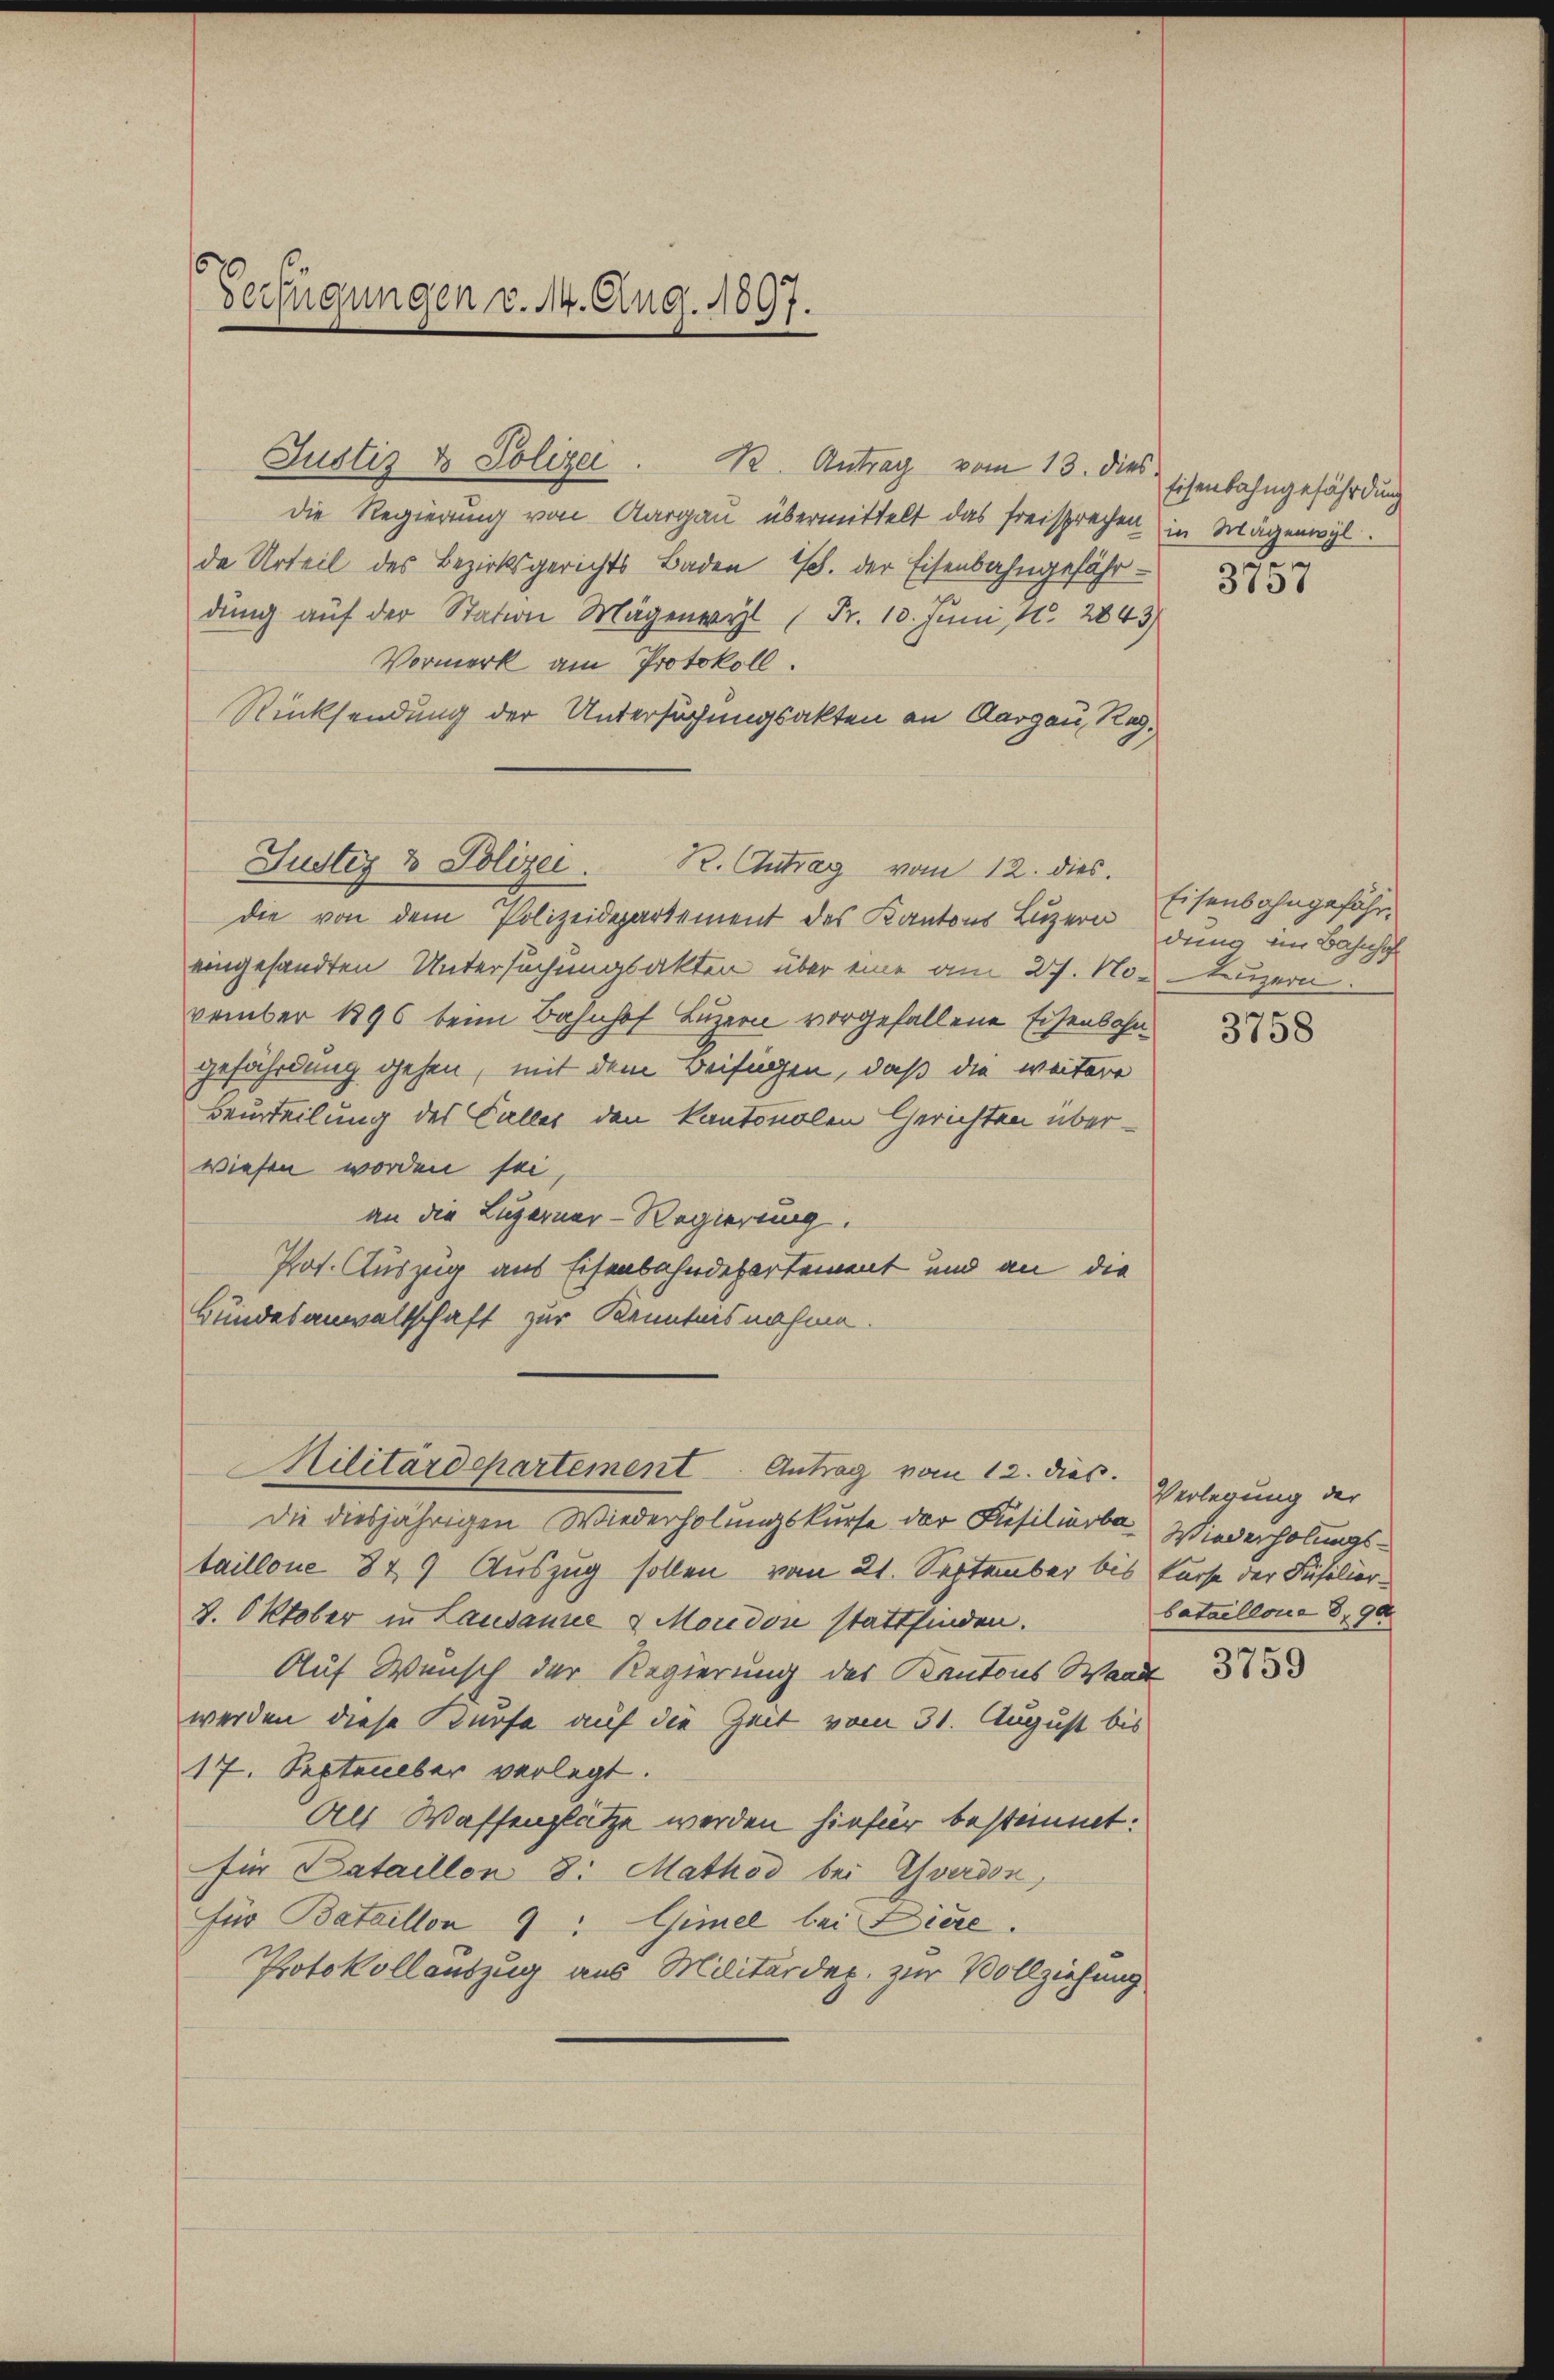
Verfügungen v. 14. Aug. 1897.

Justiz & Polizei. B. Antrag vom 13. dies sichenbahngefährdung
die Regierung von Aargau übermittelt das freisprechen in Mägenwyl
de Urteil des Bezirksgerichts Baden 18. der Eisenbahngefährdung auf der Station Mägenwyl (Fr. 10. Juni, 1. 2843
Vormerk am Protokoll.
Rücksendung der Untersuchungsakten an Aargau, Reg.
die von dem Polizeidepartement des Kantons Luzern
eingesandten Untersuchungsakten über eine am 27. November 1896 beim Bahnhof Luzern vorgefallene Eisenbahngefährdung gehen, mit dem Beifügen, daß die weitere
Beurteilung des Faller den kantonalen Gerichten überwiesen worden sei,
an die Luzerner-Regierung.
Pos. Auszug aus Eisenbahndepartement und an die
Bundesanwaltschaft zur Kenntnisnahme.
Militärdepartement Antrag vom 12. dies. Verlegung der
Die diesjährigen Wiederholungskurse der Füsilierbataillone 847 Auszug sollen vom 21. September bis
4. Oktober in Lausamer 2 Moridor stattfinden.
Auf Wunsch der Regierung des Kantons Waad
werden diese Kurse auf die Zeit vom 31. August bis
17. September verlegt.
Als Waffenplätze werden hiefür bestimmt:
für Dataillon 8. Mathes bei Yverdon,
für Bataillon 9: Gimel bei Diere.
Protokollauszug aus Militärdep. zur Vollziehung

Justiz & Polizei. R. Antrag vom 12. dies

3757

Eisenbahngefährdung im Bahnhof
Luzern.

3758

Wiederholungs-
kurse der Füsiliar-
bataillona 8. 900

3759